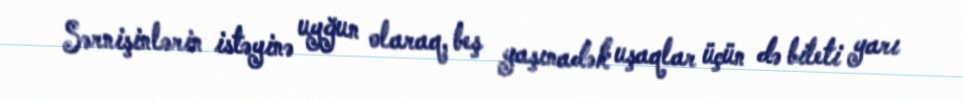
Sərnişinlərin istəyinə uyğun olaraq, beş yaşınadək uşaqlar üçün də bileti yarı